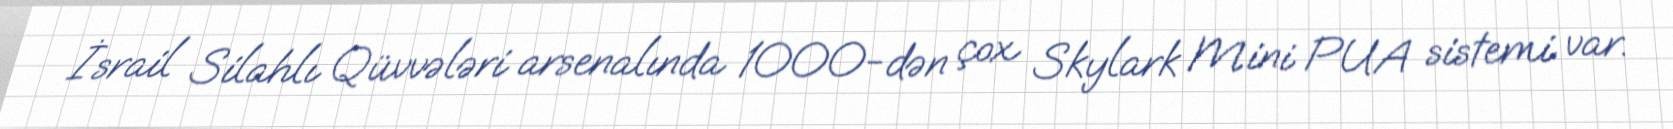
İsrail Silahlı Qüvvələri arsenalında 1000-dən çox Skylark Mini PUA sistemi var.